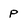
Character: p